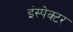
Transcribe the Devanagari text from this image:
इंस्‍पेक्‍टर